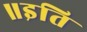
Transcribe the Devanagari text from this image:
॥इति